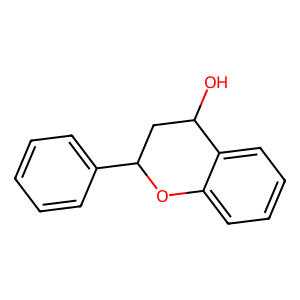
SMILES: OC1CC(c2ccccc2)Oc2ccccc21
Inhibits HIV replication: No